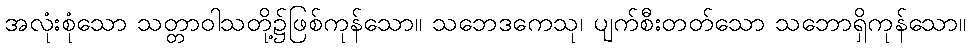
အလုံးစုံသော သတ္တာဝါသတို့၌ဖြစ်ကုန်သော။ သဘေဒကေသု၊ ပျက်စီးတတ်သော သဘောရှိကုန်သော။